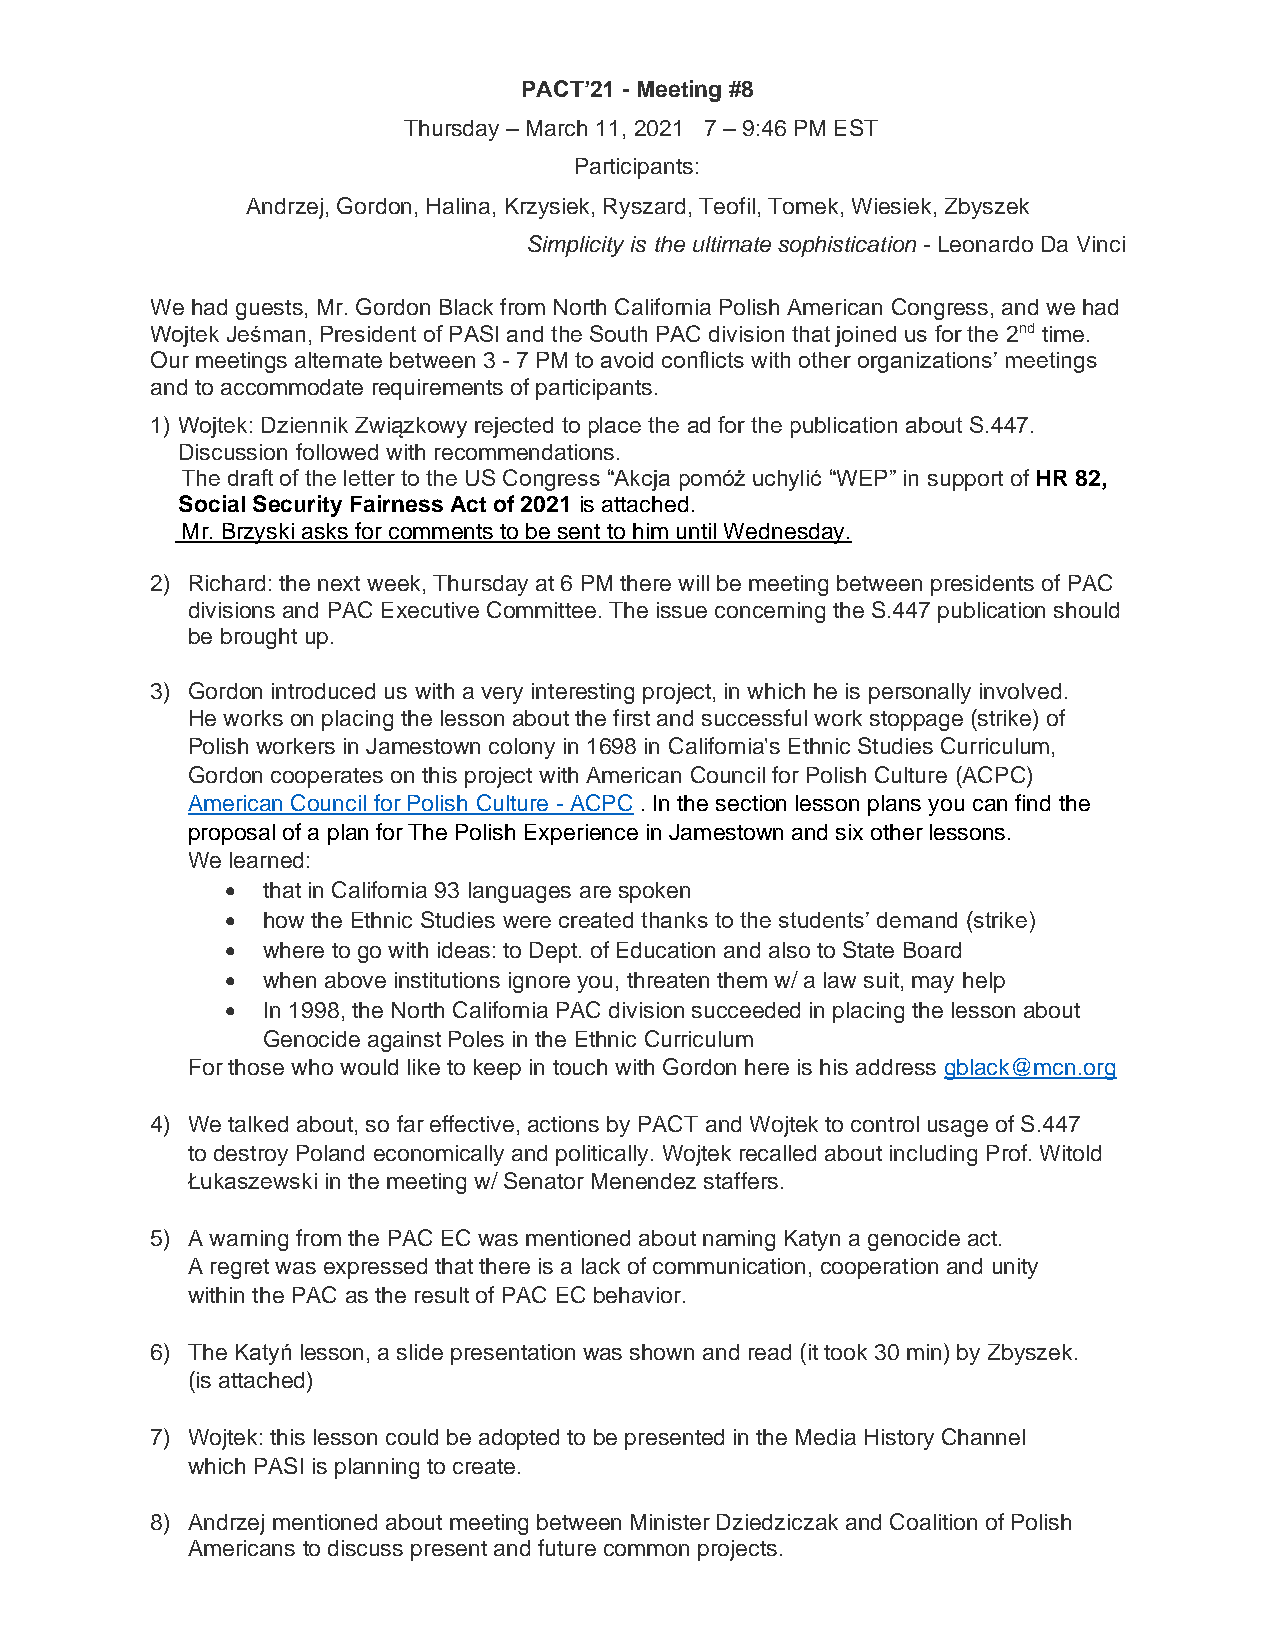
PACT’21 - Meeting #8
 Thursday – March 11, 2021 7 – 9:46 PM EST
 Participants:
 Andrzej, Gordon, Halina, Krzysiek, Ryszard, Teofil, Tomek, Wiesiek, Zbyszek
 Simplicity is the ultimate sophistication - Leonardo Da Vinci
 We had guests, Mr. Gordon Black from North California Polish American Congress, and we had
 Wojtek Jeśman, President of PASI and the South PAC division that joined us for the 2nd time.
 Our meetings alternate between 3 - 7 PM to avoid conflicts with other organizations’ meetings
 and to accommodate requirements of participants.
 1) Wojtek: Dziennik Związkowy rejected to place the ad for the publication about S.447.
 Discussion followed with recommendations.
 The draft of the letter to the US Congress “Akcja pomóż uchylić “WEP” in support of HR 82,
 Social Security Fairness Act of 2021 is attached.
 Mr. Brzyski asks for comments to be sent to him until Wednesday.
 2) Richard: the next week, Thursday at 6 PM there will be meeting between presidents of PAC
 divisions and PAC Executive Committee. The issue concerning the S.447 publication should
 be brought up.
 3) Gordon introduced us with a very interesting project, in which he is personally involved.
 He works on placing the lesson about the first and successful work stoppage (strike) of
 Polish workers in Jamestown colony in 1698 in California's Ethnic Studies Curriculum,
 Gordon cooperates on this project with American Council for Polish Culture (ACPC)
 American Council for Polish Culture - ACPC . In the section lesson plans you can find the
 proposal of a plan for The Polish Experience in Jamestown and six other lessons.
 We learned:
 • that in California 93 languages are spoken
 • how the Ethnic Studies were created thanks to the students’ demand (strike)
 • where to go with ideas: to Dept. of Education and also to State Board
 • when above institutions ignore you, threaten them w/ a law suit, may help
 • In 1998, the North California PAC division succeeded in placing the lesson about
 Genocide against Poles in the Ethnic Curriculum
 For those who would like to keep in touch with Gordon here is his address gblack@mcn.org
 4) We talked about, so far effective, actions by PACT and Wojtek to control usage of S.447
 to destroy Poland economically and politically. Wojtek recalled about including Prof. Witold
 Łukaszewski in the meeting w/ Senator Menendez staffers.
 5) A warning from the PAC EC was mentioned about naming Katyn a genocide act.
 A regret was expressed that there is a lack of communication, cooperation and unity
 within the PAC as the result of PAC EC behavior.
 6) The Katyń lesson, a slide presentation was shown and read (it took 30 min) by Zbyszek.
 (is attached)
 7) Wojtek: this lesson could be adopted to be presented in the Media History Channel
 which PASI is planning to create.
 8) Andrzej mentioned about meeting between Minister Dziedziczak and Coalition of Polish
 Americans to discuss present and future common projects.